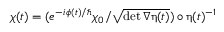
\chi ( t ) = ( e ^ { - i \phi ( t ) / \hbar } \chi _ { 0 } / \sqrt { \operatorname* { d e t } \nabla \boldsymbol \upeta ( t ) } ) \circ \boldsymbol \upeta ( t ) ^ { - 1 }